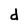
Character: d